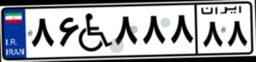
۵۵W۰۵۳۱۱